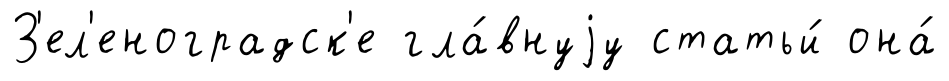
З'ел'еноградск'е гла́внуjу статьи́ она́